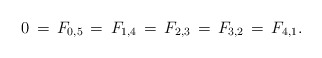
\begin{align*}0\,=\,F_{0,5}\,=\,F_{1,4}\,=\,F_{2,3}\,=\,F_{3,2}\,=\,F_{4,1}.\end{align*}